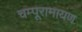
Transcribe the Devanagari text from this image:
चम्पूरामायण